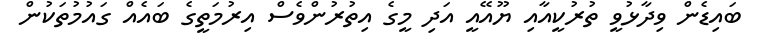
ބައިޑެން ވިދާޅުވީ ތުރުކީއާއި ޔޫއޭއީ އަދި މީގެ އިތުރުންވެސް އިރުމަތީގެ ބައެއް ގައުމުތަކުން